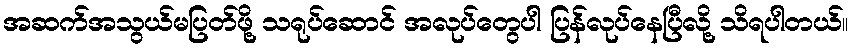
အဆက်အသွယ်မပြတ်ဖို့ သရုပ်ဆောင် အလုပ်တွေပါ ပြန်လုပ်နေပြီလို့ သိရပါတယ်။